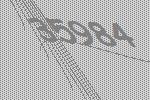
35984